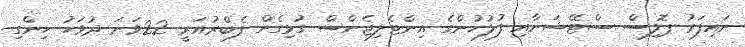
ނައިފަރު ޕޮލިސް ސްޓޭޝަނާއި ފުލުހުންގެ އިންޓެލިޖެންސް ގުޅިގެން ފެބްރުއަރީ 22ވަނަ ދުވަހު ހިންގި